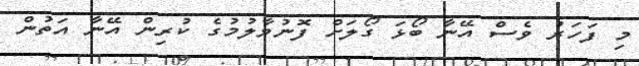
މި ފަހަރު ވެސް އޭނާ ބޯޅަ ގޯލަށް ފޮނުވާލުމުގެ ކުރިން އޭނާ އަތުން